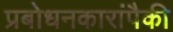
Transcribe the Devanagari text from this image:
प्रबोधनकारांपैकी